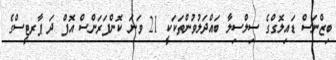
ބިޒްނަސް ޑައިލޮގްގެ ސިލްސިލާ ބައްދަލުވުންތަކަކީ 21 ވަނަ ކޮންފަރަންސް އޮފް ދަ ޕާރޓީސްގެ